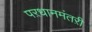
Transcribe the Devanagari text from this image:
पऱधानमंतऱी